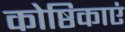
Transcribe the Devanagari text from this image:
कोष्ठिकाएं